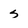
Character: s